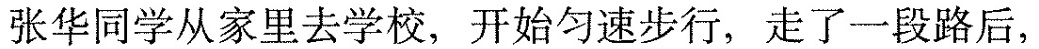
张华同学从家里去学校，开始匀速步行，走了一段路后，